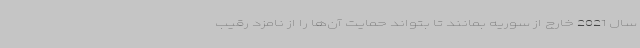
سال 2021 خارج از سوریه بمانند تا بتواند حمایت آن‌ها را از نامزد رقیب